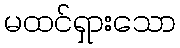
မထင်ရှားသော